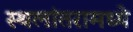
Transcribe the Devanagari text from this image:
स्थलांतरामध्ये